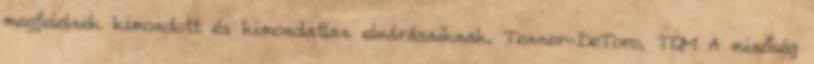
megfelelnek kimondott és kimondatlan elvárásaiknak. Tenner-DeToro, TQM A minőség